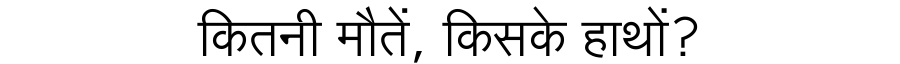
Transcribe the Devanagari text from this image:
कितनी मौतें, किसके हाथों?